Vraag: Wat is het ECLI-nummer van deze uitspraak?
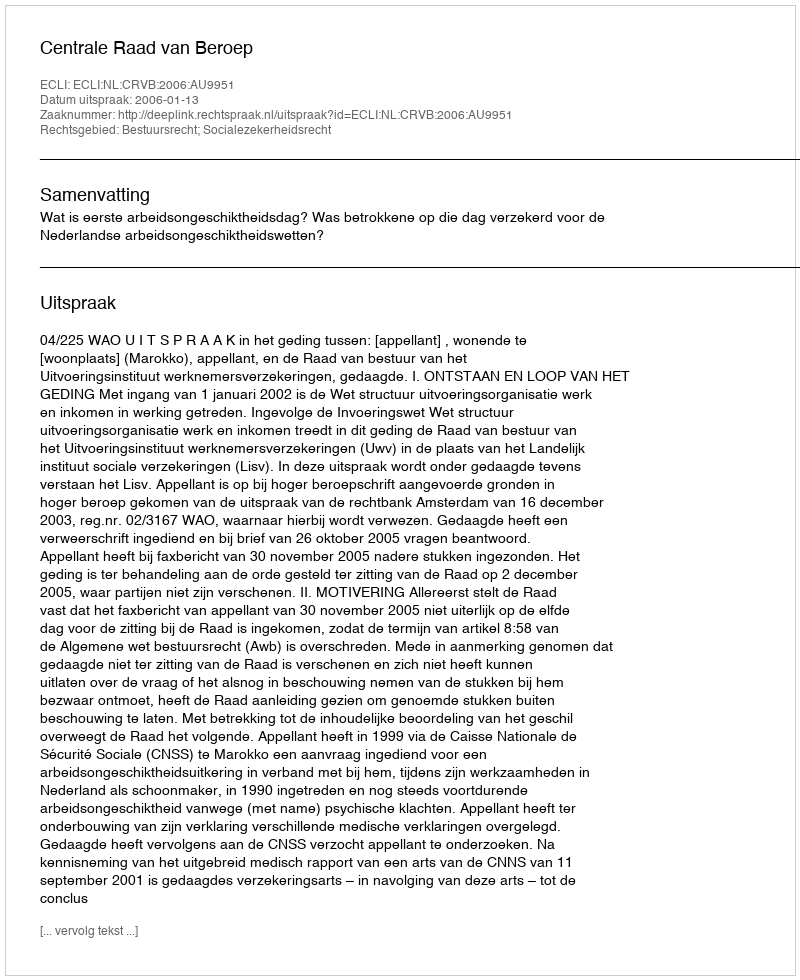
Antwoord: ECLI:NL:CRVB:2006:AU9951